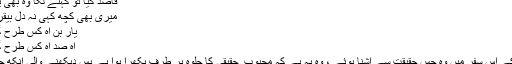
قاصد گیا تو کہنے لگا وہ بھی یار کی
میری بھی کچھ کہی نہ دلِ بیقرار کی
یار بن آہ کس طرح گزرے
آہ صد آہ کس طرح گزرے
تلاش کے اس سفر میں وہ جس حقیقت سے آشنا ہوئے ، وہ یہ ہے کہ محبوب ِ حقیقی کا جلوہ ہر طرف بکھرا ہوا ہے بس دیکھنے والی آنکھ چاہئے ۔